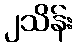
၂သိန်း